Report on vaccination in the Province of Bengal - 1874-1889
Year: 1874
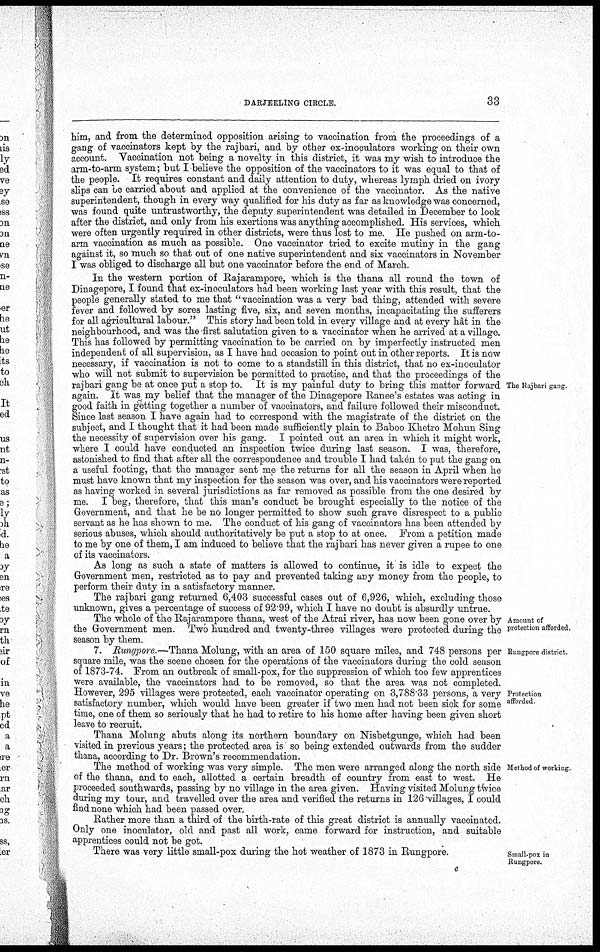
DARJEELING CIRCLE.
33
him, and from the determined opposition arising to vaccination from the proceedings of a
gang of vaccinators kept by the rajbari, and by other ex-inoculators working on their own
account. Vaccination not being a novelty in this district, it was my wish to introduce the
arm-to-arm system; but I believe the opposition of the vaccinators to it was equal to that of
the people. It requires constant and daily attention to duty, whereas lymph dried on ivory
slips can be carried about and applied at the convenience of the vaccinator. As the native
superintendent, though in every way qualified for his duty as far as knowledge was concerned,
was found quite untrustworthy, the deputy superintendent was detailed in December to look
after the district, and only from his exertions was anything accomplished. His services, which
were often urgently required in other districts, were thus lost to me. He pushed on arm-to-
arm vaccination as much as possible. One vaccinator tried to excite mutiny in the gang
against it, so much so that out of one native superintendent and six vaccinators in November
I was obliged to discharge all but one vaccinator before the end of March.
The Rajbari gang
In the western portion of Rajarampore, which is the thana all round the town of
Dinagepore, I found that ex-inoculators had been working last year with this result, that the
people generally stated to me that "vaccination was a very bad thing, attended with severe
fever and followed by sores lasting five, six, and seven months, incapacitating the sufferers
for all agricultural labour." This story had been told in every village and at every hât in the
neighbourhood, and was the first salutation given to a vaccinator when he arrived at a village.
This has followed by permitting vaccination to be carried on by imperfectly instructed men
independent of all supervision, as I have had occasion to point out in other reports. It is now
necessary, if vaccination is not to come to a standstill in this district, that no ex-inoculator
who will not submit to supervision be permitted to practise, and that the proceedings of the
rajbari gang be at once put a stop to. It is my painful duty to bring this matter forward
again. It was my belief that the manager of the Dinagepore Ranee's estates was acting in
good faith in getting together a number of vaccinators, and failure followed their misconduct.
Since last season I have again had to correspond with the magistrate of the district on the
subject, and I thought that it had been made sufficiently plain to Baboo Khetro Mohun Sing
the necessity of supervision over his gang. I pointed out an area in which it might work,
where I could have conducted an inspection twice during last season. I was, therefore,
astonished to find that after all the correspondence and trouble I had taken to put the gang on
a useful footing, that the manager sent me the returns for all the season in April when he
must have known that my inspection for the season was over, and his vaccinators were reported
as having worked in several jurisdictions as far removed as possible from the one desired by
me. I beg, therefore, that this man's conduct be brought especially to the notice of the
Government, and that he be no longer permitted to show such grave disrespect to a public
servant as he has shown to me. The conduct of his gang of vaccinators has been attended by
serious abuses, which should authoritatively be put a stop to at once. From a petition made
to me by one of them, I am induced to believe that the rajbari has never given a rupee to one
of its vaccinators.
As long as such a state of matters is allowed to continue, it is idle to expect the
Government men, restricted as to pay and prevented taking any money from the people, to
perform their duty in a satisfactory manner.
The rajbari gang returned 6,403 successful cases out of 6,926, which, excluding those
unknown, gives a percentage of success of 92.99, which I have no doubt is absurdly untrue.
Amount of
protection afforded.
The whole of the Rajarampore thana, west of the Atrai river, has now been gone over by
the Government men. Two hundred and twenty-three villages were protected during the
season by them.
Rungpore district.
Protection
afforded
7. Rungpore.—Thana Molung, with an area of 150 square miles, and 748 persons per
square mile, was the scene chosen for the operations of the vaccinators during the cold season
of 1873-74. From an outbreak of small-pox, for the suppression of which too few apprentices
were available, the vaccinators had to be removed, so that the area was not completed.
However, 295 villages were protected, each vaccinator operating on 3,788 33 persons, a very
satisfactory number, which would have been greater if two men had not been sick for some
time, one of them so seriously that he had to retire to his home after having been given short
leave to recruit.
Thana Molung abuts along its northern boundary on Nisbetgunge, which had been
visited in previous years; the protected area is so being extended outwards from the sudder
thana, according to Dr. Brown's recommendation.
Method of working.
The method of working was very simple. The men were arranged along the north side
of the thana, and to each, allotted a certain breadth of country from east to west. He
proceeded southwards, passing by no village in the area given. Having visited Molung twice
during my tour, and travelled over the area and verified the returns in 126 villages, I could
find none which had been passed over.
Rather more than a third of the birth-rate of this great district is annually vaccinated.
Only one inoculator, old and past all work, came forward for instruction, and suitable
apprentices could not be got.
Small-pox in
Rungpore.
There was very little small-pox during the hot weather of 1873 in Rungpore.
e